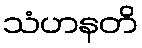
သံဟနတိ